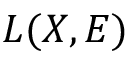
L ( X , E )